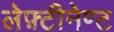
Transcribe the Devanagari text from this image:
लेफ़्टीनेण्ट